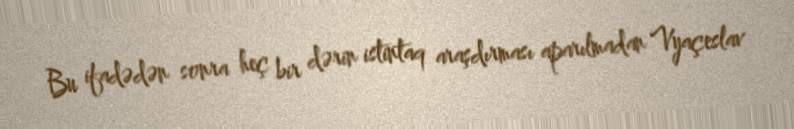
Bu ifadədən sonra heç bir dərin istintaq araşdırması aparılmadan Vyaçeslav